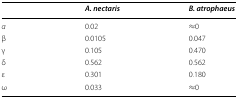
<table><thead><tr><td></td><td><b><i>A. nectaris</i></b></td><td><b><i>B. atrophaeus</i></b></td></tr></thead><tbody><tr><td><i>α</i></td><td>0.02</td><td>≈0</td></tr><tr><td>β</td><td>0.0105</td><td>0.047</td></tr><tr><td>γ</td><td>0.105</td><td>0.470</td></tr><tr><td>δ</td><td>0.562</td><td>0.562</td></tr><tr><td>ε</td><td>0.301</td><td>0.180</td></tr><tr><td>ω</td><td>0.033</td><td>≈0</td></tr></tbody></table>